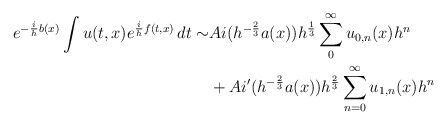
\begin{align*}\begin{aligned} e^{-\frac{i}{h}b(x)}\int u(t,x) e^{\frac{i}{h}f(t,x)} \, dt \sim & Ai(h^{-\frac{2}{3}} a(x)) h^{\frac{1}{3}}\sum_{0}^\infty u_{0,n}(x)h^{n} \\ &+ Ai'(h^{-\frac{2}{3}}a(x)) h^{\frac{2}{3}} \sum_{n = 0}^\infty u_{1,n}(x)h^n\end{aligned}\end{align*}